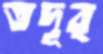
তদূর্